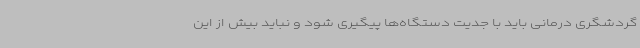
گردشگری درمانی باید با جدیت دستگاه‌ها پیگیری شود و نباید بیش از این